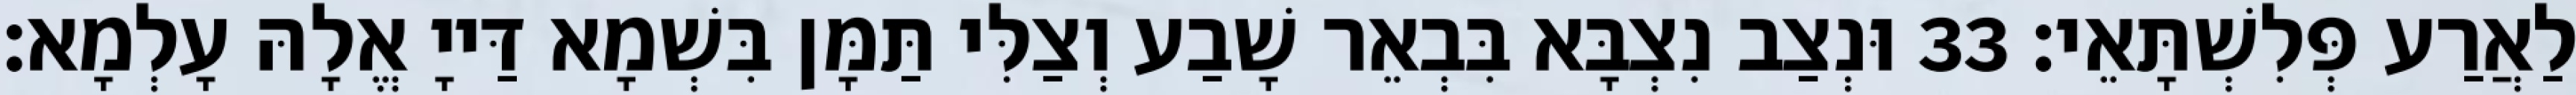
לַאֲרַע פְּלִשְׁתָּאֵי׃ 33 וּנְצַב נִצְבָּא בִּבְאֵר שָׁבַע וְצַלִּי תַּמָּן בִּשְׁמָא דַּייָ אֱלָהּ עָלְמָא׃